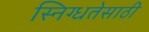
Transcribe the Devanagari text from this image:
स्निग्धतेसाठी